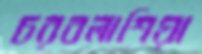
চরবলাশিয়া